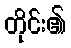
တိုင်း၏